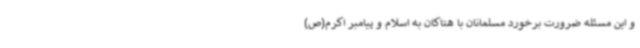
و این مسئله ضرورت برخورد مسلمانان با هتاکان به اسلام و پیامبر اکرم(ص)